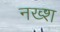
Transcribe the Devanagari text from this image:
नख्श